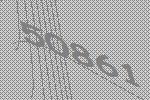
50861